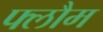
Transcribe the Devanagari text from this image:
फ्लौम